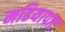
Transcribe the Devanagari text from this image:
मढियापाट